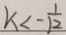
k < - \frac { 1 } { 1 2 }